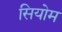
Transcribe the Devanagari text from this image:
सियोम